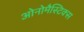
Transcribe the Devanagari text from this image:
ओनोमैस्टिक्स